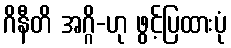
ဂိနီတိ အဂ္ဂိ-ဟု ဖွင့်ပြထားပုံ